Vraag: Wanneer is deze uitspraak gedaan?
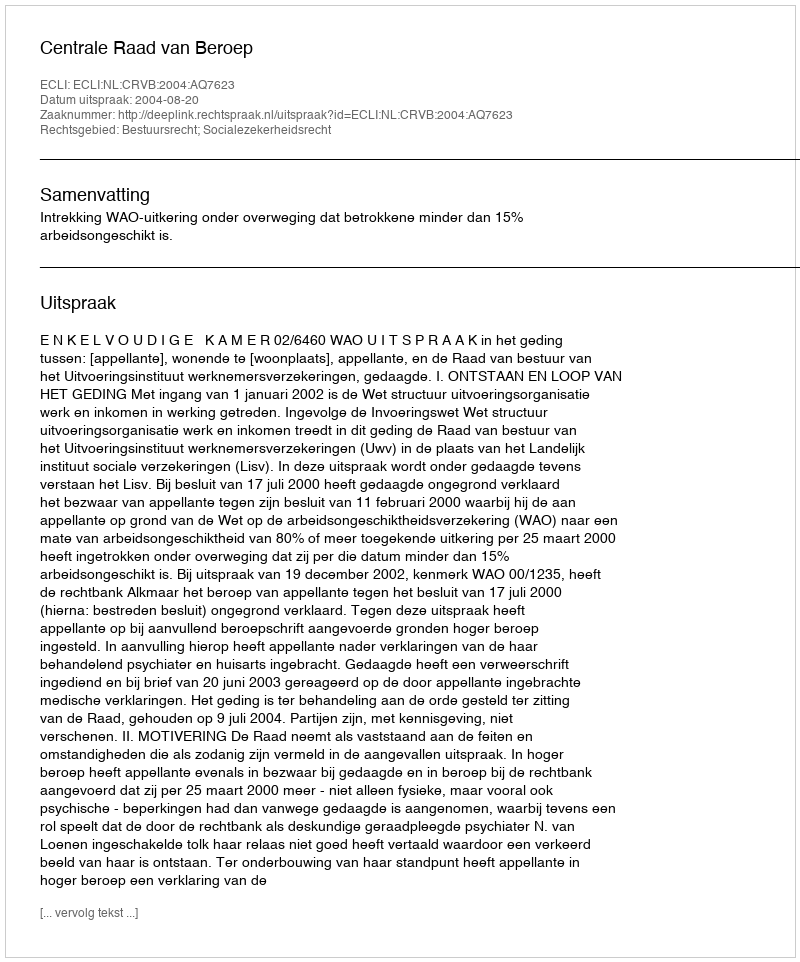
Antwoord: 2004-08-20